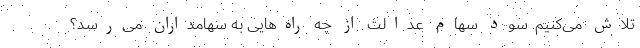
تلاش می‌کنیم. سود سهام عدالت از چه راه‌هایی به سهامداران می‌رسد؟